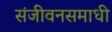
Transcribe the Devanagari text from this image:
संजीवनसमाधी